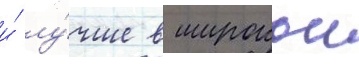
и́ лу́чше в широкои